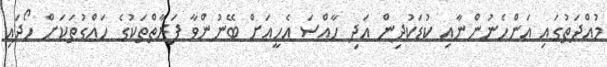
މުއްދަތުގައި އަންހެނުންނާއި ކުޑަކުދިން އަދި ހާއްސަ އެހީއަށް ބޭނުންވާ ފަރާތްތަކުގެ ހައްގުތަކަށް ހޯދައި